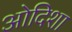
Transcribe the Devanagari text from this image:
ओदिशा